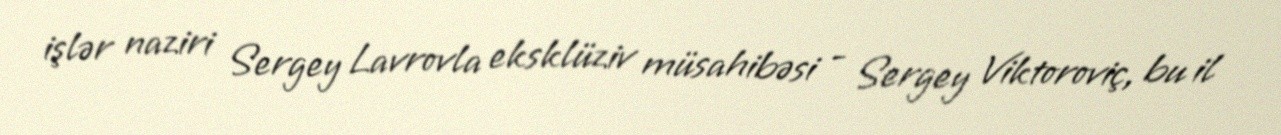
işlər naziri Sergey Lavrovla eksklüziv müsahibəsi - Sergey Viktoroviç, bu il